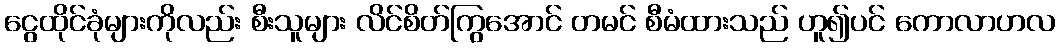
ငွေထိုင်ခုံများကိုလည်း စီးသူများ လိင်စိတ်ကြွအောင် တမင် စီမံထားသည် ဟူ၍ပင် ကောလာဟလ